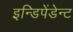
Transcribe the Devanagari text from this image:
इन्डिपेंडेन्ट